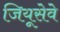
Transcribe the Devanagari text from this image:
जियूसेवे